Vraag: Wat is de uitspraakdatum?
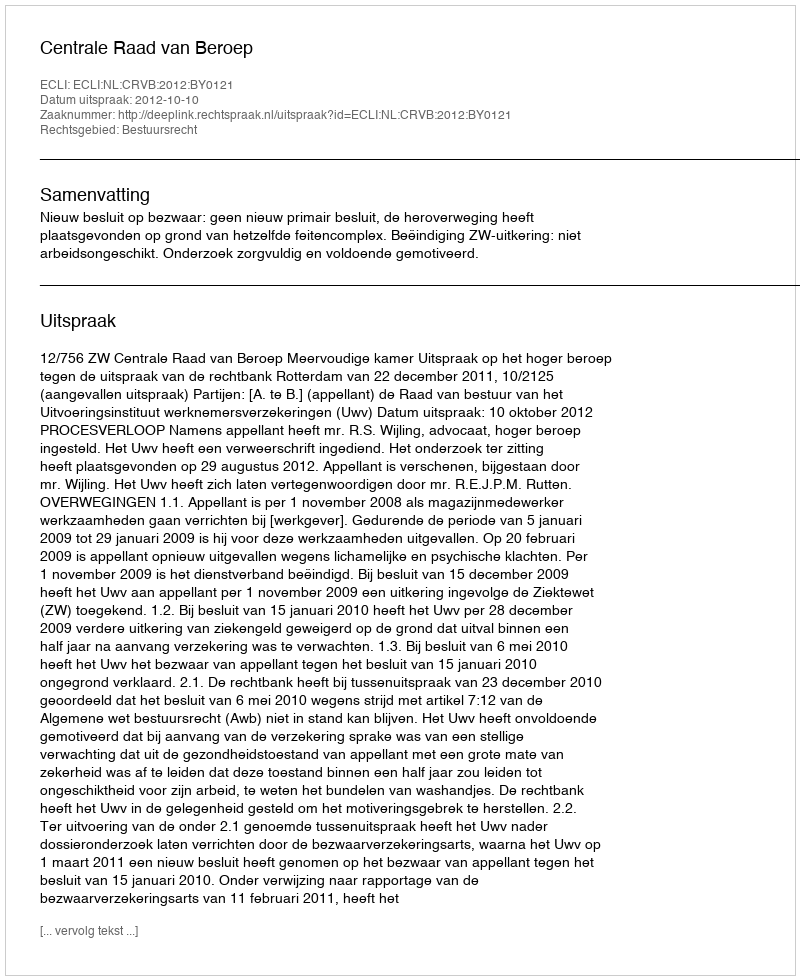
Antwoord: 2012-10-10